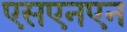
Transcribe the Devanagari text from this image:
एसएनएन